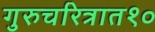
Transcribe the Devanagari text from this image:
गुरुचरित्रात१०